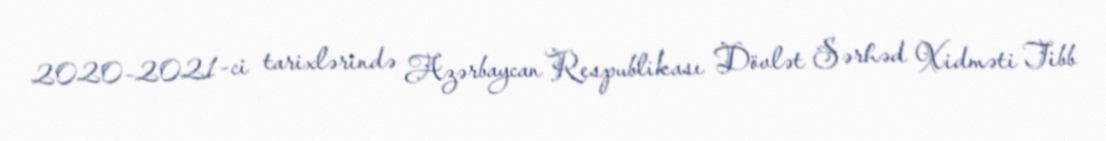
2020–2021-ci tarixlərində Azərbaycan Respublikası Dövlət Sərhəd Xidməti Tibb